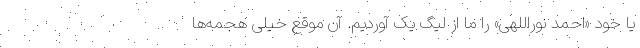
یا خود «احمد نوراللهی» را ما از لیگ یک آوردیم. آن موقع خیلی هجمه‌ها